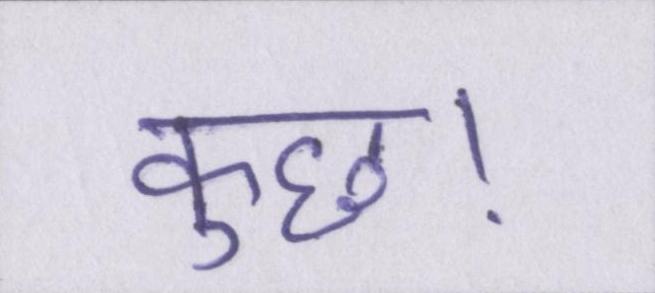
कुछ।